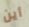
أين